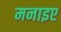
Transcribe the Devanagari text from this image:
मनाइए